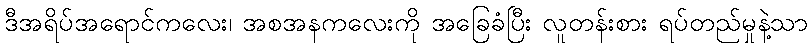
ဒီအရိပ်အရောင်ကလေး၊ အစအနကလေးကို အခြေခံပြီး လူတန်းစား ရပ်တည်မှုနဲ့သာ